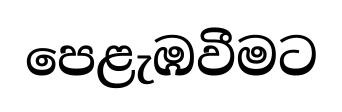
පෙළැඹවීමට